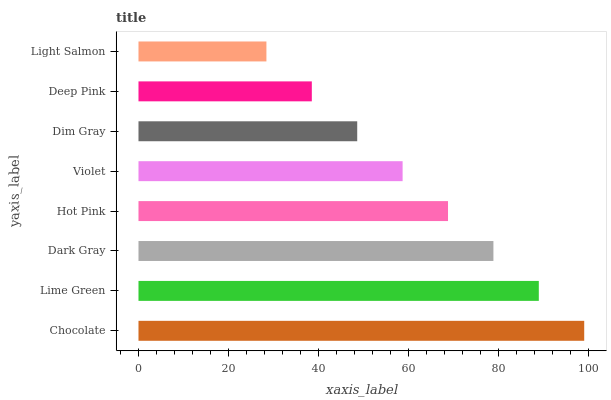
| yaxis_label | bars |
 | --- | --- |
 | Chocolate | 99 |
 | Lime Green | 88.9 |
 | Dark Gray | 78.8 |
 | Hot Pink | 68.7 |
 | Violet | 58.7 |
 | Dim Gray | 48.6 |
 | Deep Pink | 38.5 |
 | Light Salmon | 28.4 |